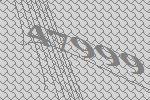
47999